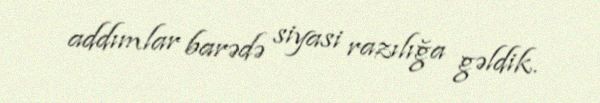
addımlar barədə siyasi razılığa gəldik.